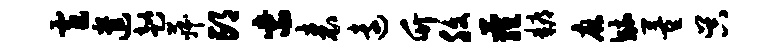
窄遣趑菽邙紫表远竹腹萝耨麻毓董吴